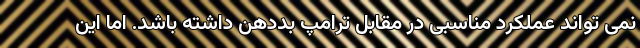
نمی تواند عملکرد مناسبی در مقابل ترامپ بددهن داشته باشد. اما این